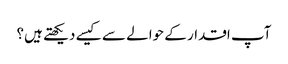
آپ اقدار کے حوالے سے کیسے دیکھتے ہیں؟